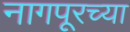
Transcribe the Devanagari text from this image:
नागपूरच्‍या